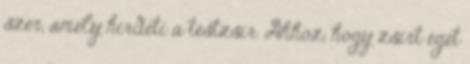
szer, amely hirdeti a testzsír. Ahhoz, hogy zsírt éget